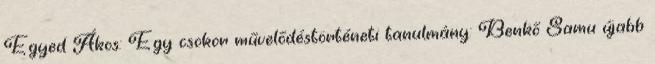
Egyed Ákos: Egy csokor művelődéstörténeti tanulmány: Benkő Samu újabb